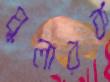
ঘুলারক